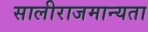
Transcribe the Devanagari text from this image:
सालीराजमान्यता